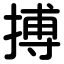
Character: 搏